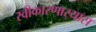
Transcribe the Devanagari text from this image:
स्वीकारणार्‍यास